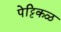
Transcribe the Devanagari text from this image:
पेट्टिकळ